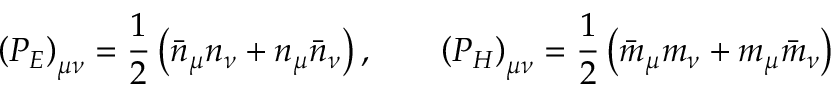
\left( P _ { \cal E } \right) _ { \mu \nu } = \frac { 1 } { 2 } \left( \bar { n } _ { \mu } n _ { \nu } + n _ { \mu } \bar { n } _ { \nu } \right) , \qquad \left( P _ { \cal H } \right) _ { \mu \nu } = \frac { 1 } { 2 } \left( \bar { m } _ { \mu } m _ { \nu } + m _ { \mu } \bar { m } _ { \nu } \right)